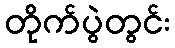
တိုက်ပွဲတွင်း